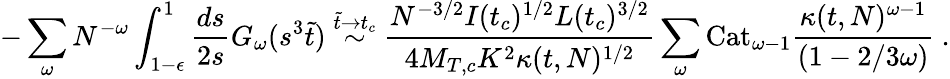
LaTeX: -\sum_{\omega}N^{-\omega}\int_{1-\epsilon}^{1}\frac{ds}{2s}G_{\omega}(s^{3}\tilde{t})\stackrel{\tilde{t}\rightarrow t_{c}}{\sim}\frac{N^{-3/2}I(t_{c})^{1/2}L(t_{c})^{3/2}}{4M_{T,c}K^{2}\kappa(t,N)^{1/2}}\sum_{\omega}\mathrm{Cat}_{\omega-1}\frac{\kappa(t,N)^{\omega-1}}{(1-2/3\omega)}\mathrm{~.}